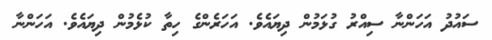
ސައުދު އަހަންނާ ސިއްރު ގުޅަމުން ދިޔައެވެ. އަހަރެންގެ ހިތާ ކުޅެމުން ދިޔައެވެ. އަހަންނާ